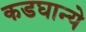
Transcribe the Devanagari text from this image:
कडघान्ये